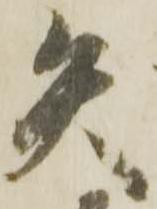
矢